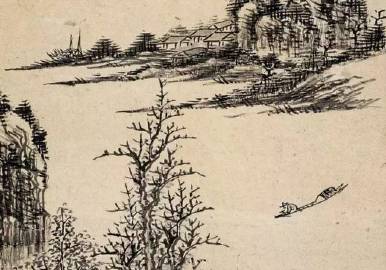
虑澹物自轻，意惬理无违。